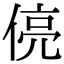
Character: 𬾻